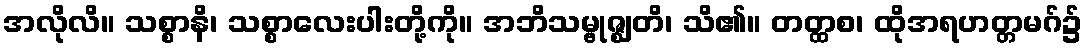
အလိုလိ။ သစ္စာနိ၊ သစ္စာလေးပါးတို့ကို။ အဘိသမ္ဗုဇ္ဈတိ၊ သိ၏။ တတ္ထစ၊ ထိုအရဟတ္တမဂ်၌